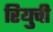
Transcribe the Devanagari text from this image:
रियुची